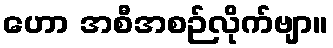
ဟော အစီအစဉ်လိုက်ဗျာ။